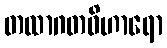
တထာဂတဝိဟာရော